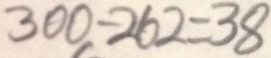
3 0 0 - 2 6 2 = 3 8